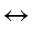
\leftrightarrow